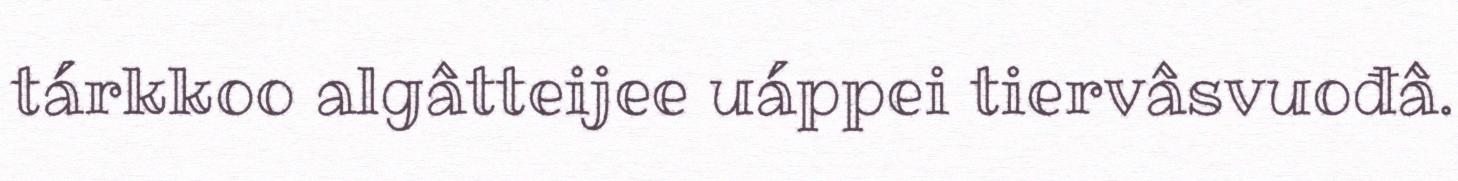
tárkkoo algâtteijee uáppei tiervâsvuođâ.